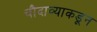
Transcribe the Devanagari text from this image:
चौदाव्याकडून